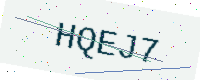
Text: HQEJ7